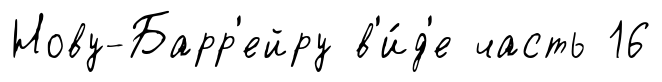
Нову-Барр'ейру в'и́д'е часть 16